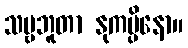
သဗ္ဗဘူတာ နုကမ္ပိနော။